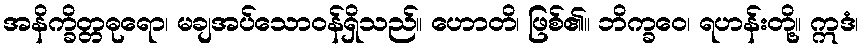
အနိက္ခိတ္တဓုရော၊ မချအပ်သောဝန်ရှိသည်။ ဟောတိ၊ ဖြစ်၏။ ဘိက္ခဝေ၊ ရဟန်းတို့။ ဣဒံ၊